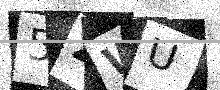
Text: 5ZWU